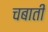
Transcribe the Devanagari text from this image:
चबाती